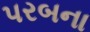
પરબના